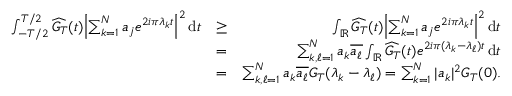
\begin{array} { r l r } { \int _ { - T / 2 } ^ { T / 2 } \widehat { G _ { T } } ( t ) { \left| { \sum _ { k = 1 } ^ { N } a _ { j } e ^ { 2 i \pi \lambda _ { k } t } } \right| } ^ { 2 } \, \mathrm { d } t } & { \geq } & { \int _ { { \mathbb { R } } } \widehat { G _ { T } } ( t ) { \left| { \sum _ { k = 1 } ^ { N } a _ { j } e ^ { 2 i \pi \lambda _ { k } t } } \right| } ^ { 2 } \, \mathrm { d } t } \\ & { = } & { \sum _ { k , \ell = 1 } ^ { N } a _ { k } \overline { { a _ { \ell } } } \int _ { { \mathbb { R } } } \widehat { G _ { T } } ( t ) e ^ { 2 i \pi ( \lambda _ { k } - \lambda _ { \ell } ) t } \, \mathrm { d } t } \\ & { = } & { \sum _ { k , \ell = 1 } ^ { N } a _ { k } \overline { { a _ { \ell } } } G _ { T } ( \lambda _ { k } - \lambda _ { \ell } ) = \sum _ { k = 1 } ^ { N } | a _ { k } | ^ { 2 } G _ { T } ( 0 ) . } \end{array}